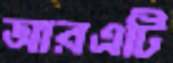
আরএটি